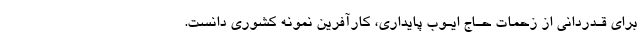
برای قـدردانی از زحمات حـاج ایـوب پایداری، کارآفرین نمونه کشوری دانست.